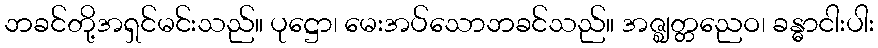
ဘခင်တို့အရှင်မင်းသည်။ ပုဋ္ဌော၊ မေးအပ်သောဘခင်သည်။ အဇ္ဈတ္တညေဝ၊ ခန္ဓာငါးပါး